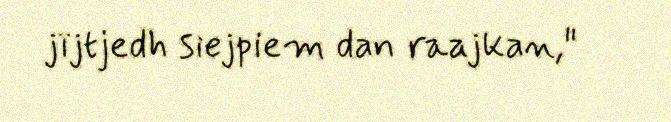
jïjtjedh siejpiem dan raajkan,"